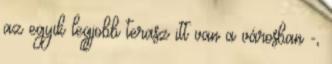
az egyik legjobb terasz itt van a városban -,